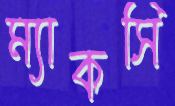
ম্যাকসি